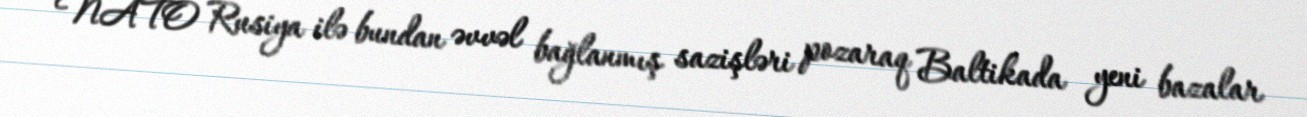
NATO Rusiya ilə bundan əvvəl bağlanmış sazişləri pozaraq Baltikada yeni bazalar